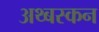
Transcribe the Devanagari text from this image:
अथ्बस्कन